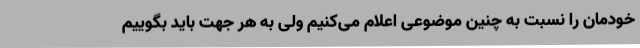
خودمان را نسبت به چنین موضوعی اعلام می‌کنیم ولی به هر جهت باید بگوییم